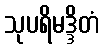
သုပရိမဒ္ဒိတံ